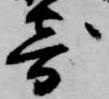
寄